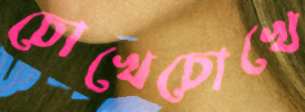
চোখেচোখে